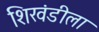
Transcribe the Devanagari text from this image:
शिखंडीला